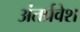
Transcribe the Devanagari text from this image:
अंतर्प्रवेश